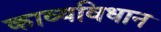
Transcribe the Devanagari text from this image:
काव्यविधान